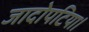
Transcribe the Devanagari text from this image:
जादोपटिया।